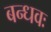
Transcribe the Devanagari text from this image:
बन्धवः